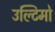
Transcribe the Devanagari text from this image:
उल्टिमो